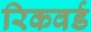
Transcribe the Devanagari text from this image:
रिकवर्ड